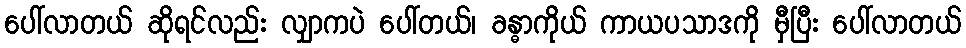
ပေါ်လာတယ် ဆိုရင်လည်း လျှာကပဲ ပေါ်တယ်၊ ခန္ဓာကိုယ် ကာယပသာဒကို မှီပြီး ပေါ်လာတယ်